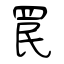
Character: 罠